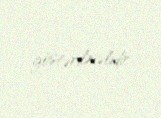
göstərilməlidir.